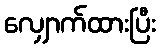
လျှောက်ထားပြီး